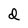
Character: d